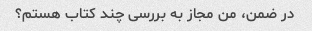
در ضمن، من مجاز به بررسی چند کتاب هستم؟